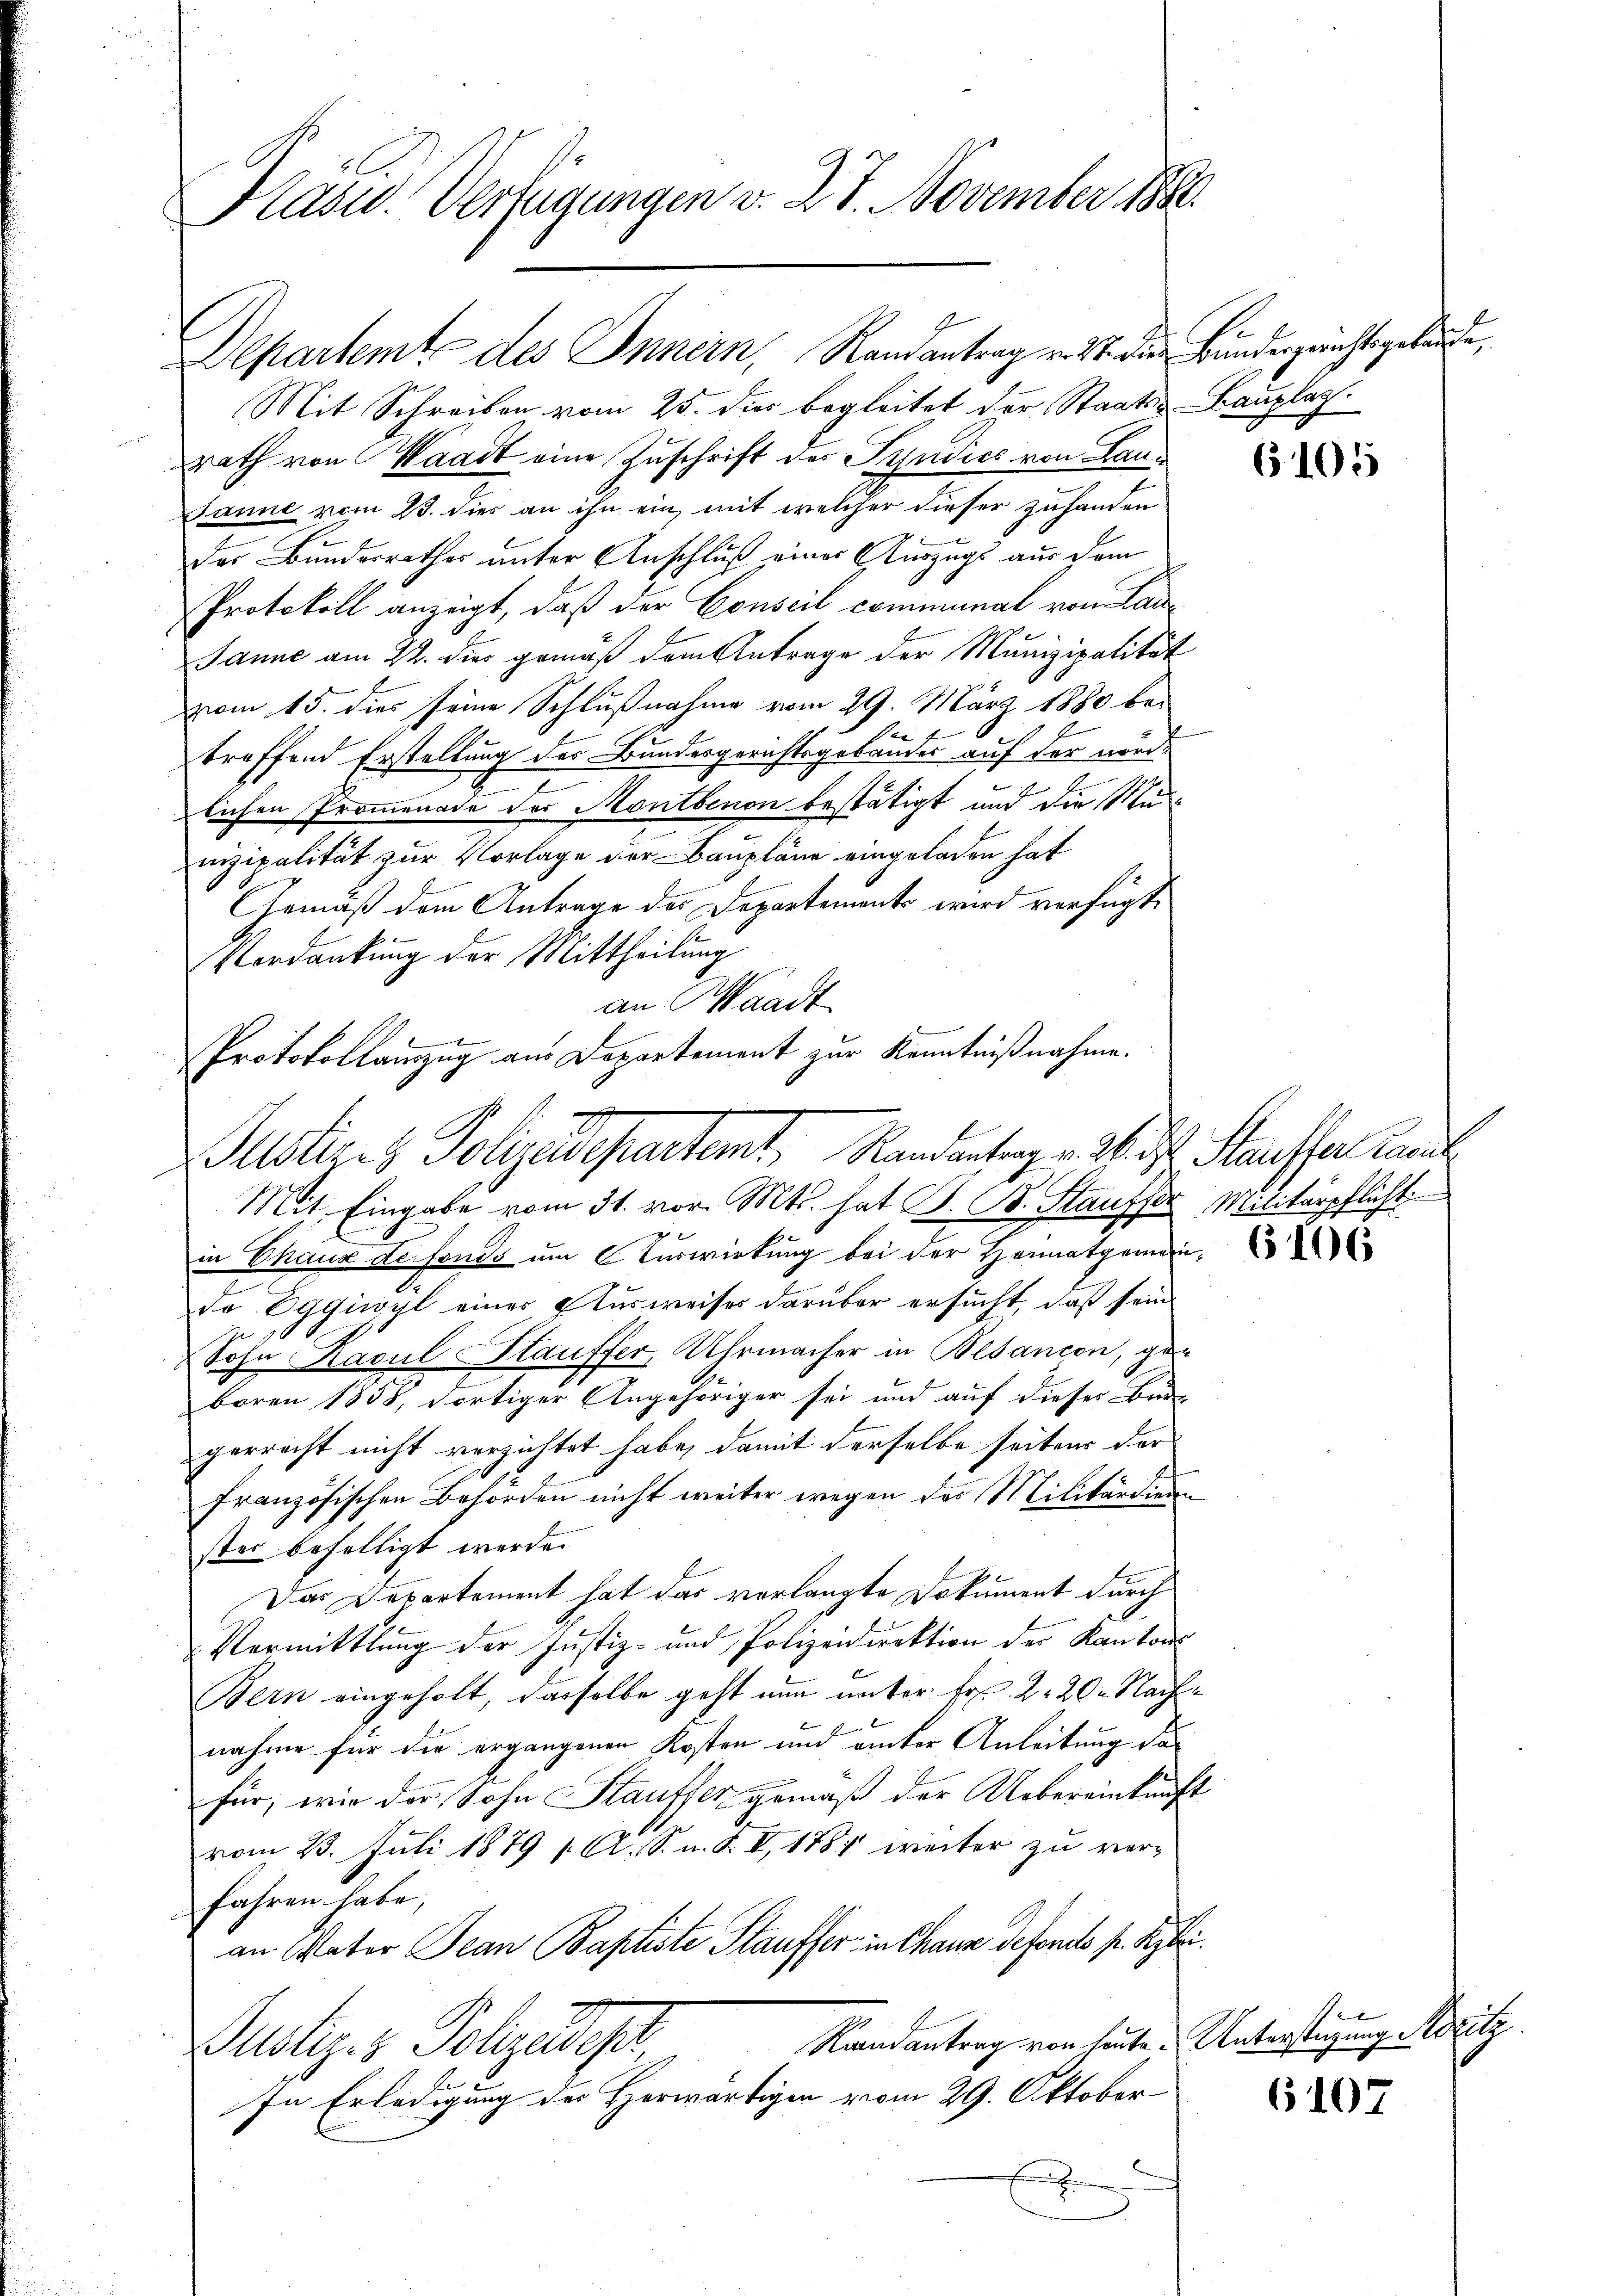
Departemt, des Innern, Randantrag v. 27. Die Bundergerichtsgebäude,

Mit Schreiben vom 25. dies begleitet der Staats- Bauplaz
rath von Waadt eine Zuschrift der Syndics von Lau¬
Janne vom 23. dies an ihn ein, mit welcher dieser zuhanden
der Bundesrathes unter Anschluß einer Auszugs aus dem
Protokoll anzeigt, daß der Conseil communal von Lade
Janne am 22. dies gemäß dem Antrage der Munizipalität
vom 15. dies seine Schlußnahme vom 29. März 1880 be¬
Dei
treffend Erstellung des Bundesgerichtsgebäudes auf der nordb
lichen Promenade der Montbinon bestätigt und die Munizipalität zur Vorlage der Baupläne eingeladen hat
Gemäß dem Antrage des Departements wird verfügt,
Verdankung der Mittheilung
an Waadt
Mit Eingabe vom 31. vor. Mts. hat G. B. Stauffer Militärpflichti
g
in Chaux de fonds um Verwirkung bei der Heimatgemeinde Eggiwyl einer Ausweises darüber ersucht, daß sein
Sohn Kasul Stauffer, Uhrmacher in Bebancon, geboren 1833, dortiger Angehöriger sei und auf dieser Bude
gerrecht nicht verzichtet habe, damit derselbe seitens der
Französischen Behörden nicht weiter wegen der Militärdien
ster behelligt werde.
Das Departement hat das verlangte Dokument durch
Vermittlung der Justiz- und Polizeidirektion der Kantons
Bern eingeholt, dasselbe geht nun unter Fr. 2. 20. Nachnahme für die ergangenen Kosten und unter Anleitung dafür, wie der Sohn Kauffer gemäß der Uebereinkunft
vom 23. Juli 1879 / A. S. n. F. V, 1881 weiter zu ver-
fahren habe,
an Vater Jean Baptiste Stauffer in Chaus defondo pr. Septer
Raandantrag von heute. Unterstüzung Rozitz
Justiz- & Polizeidepar
In Erledigung des Herwärtigen vom 29. Oktober
e

Kasw. Verfügungen v. 27. November 1880.

Protokollauszug aus Departement zur Kenntnißnahme.
Justizes Polizadepartamt, Randentrag v. M. D. Stausser Kant

6105

6106

t

6107